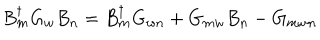
LaTeX: B _ { m } ^ { \dagger } G _ { w } B _ { n } = B _ { m } ^ { \dagger } G _ { w n } + G _ { m w } B _ { n } - G _ { m w n }